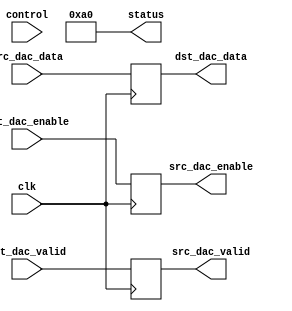

// ***************************************************************************
// ***************************************************************************
// Copyright 2013(c) Analog Devices, Inc.
//
// All rights reserved.
//
// Redistribution and use in source and binary forms, with or without modification,
// are permitted provided that the following conditions are met:
//     - Redistributions of source code must retain the above copyright
//       notice, this list of conditions and the following disclaimer.
//     - Redistributions in binary form must reproduce the above copyright
//       notice, this list of conditions and the following disclaimer in
//       the documentation and/or other materials provided with the
//       distribution.
//     - Neither the name of Analog Devices, Inc. nor the names of its
//       contributors may be used to endorse or promote products derived
//       from this software without specific prior written permission.
//     - The use of this software may or may not infringe the patent rights
//       of one or more patent holders.  This license does not release you
//       from the requirement that you obtain separate licenses from these
//       patent holders to use this software.
//     - Use of the software either in source or binary form, must be run
//       on or directly connected to an Analog Devices Inc. component.
//
// THIS SOFTWARE IS PROVIDED BY ANALOG DEVICES "AS IS" AND ANY EXPRESS OR IMPLIED WARRANTIES,
// INCLUDING, BUT NOT LIMITED TO, NON-INFRINGEMENT, MERCHANTABILITY AND FITNESS FOR A
// PARTICULAR PURPOSE ARE DISCLAIMED.
//
// IN NO EVENT SHALL ANALOG DEVICES BE LIABLE FOR ANY DIRECT, INDIRECT, INCIDENTAL, SPECIAL,
// EXEMPLARY, OR CONSEQUENTIAL DAMAGES (INCLUDING, BUT NOT LIMITED TO, INTELLECTUAL PROPERTY
// RIGHTS, PROCUREMENT OF SUBSTITUTE GOODS OR SERVICES; LOSS OF USE, DATA, OR PROFITS; OR
// BUSINESS INTERRUPTION) HOWEVER CAUSED AND ON ANY THEORY OF LIABILITY, WHETHER IN CONTRACT,
// STRICT LIABILITY, OR TORT (INCLUDING NEGLIGENCE OR OTHERWISE) ARISING IN ANY WAY OUT OF
// THE USE OF THIS SOFTWARE, EVEN IF ADVISED OF THE POSSIBILITY OF SUCH DAMAGE.
// ***************************************************************************
// ***************************************************************************
// ***************************************************************************
// ***************************************************************************

`timescale 1ns/1ns

module prcfg_dac(

  clk,

  // control ports
  control,
  status,

  // FIFO interface
  src_dac_enable,
  src_dac_data,
  src_dac_valid,

  dst_dac_enable,
  dst_dac_data,
  dst_dac_valid
);

  localparam  RP_ID       = 8'hA0;
  parameter   CHANNEL_ID  = 0;

  input             clk;

  input   [31:0]    control;
  output  [31:0]    status;

  output            src_dac_enable;
  input   [15:0]    src_dac_data;
  output            src_dac_valid;

  input             dst_dac_enable;
  output  [15:0]    dst_dac_data;
  input             dst_dac_valid;

  reg               src_dac_enable;
  reg               src_dac_valid;
  reg     [15:0]    dst_dac_data;

  assign status = {24'h0, RP_ID};

  always @(posedge clk) begin
    src_dac_enable  <= dst_dac_enable;
    dst_dac_data    <= src_dac_data;
    src_dac_valid   <= dst_dac_valid;
  end
endmodule